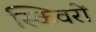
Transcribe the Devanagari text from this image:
स्किवरों